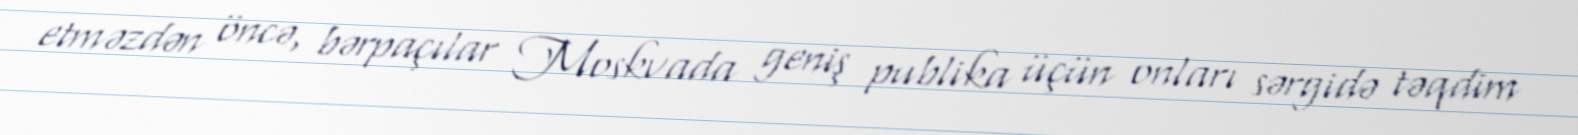
etməzdən öncə, bərpaçılar Moskvada geniş publika üçün onları sərgidə təqdim